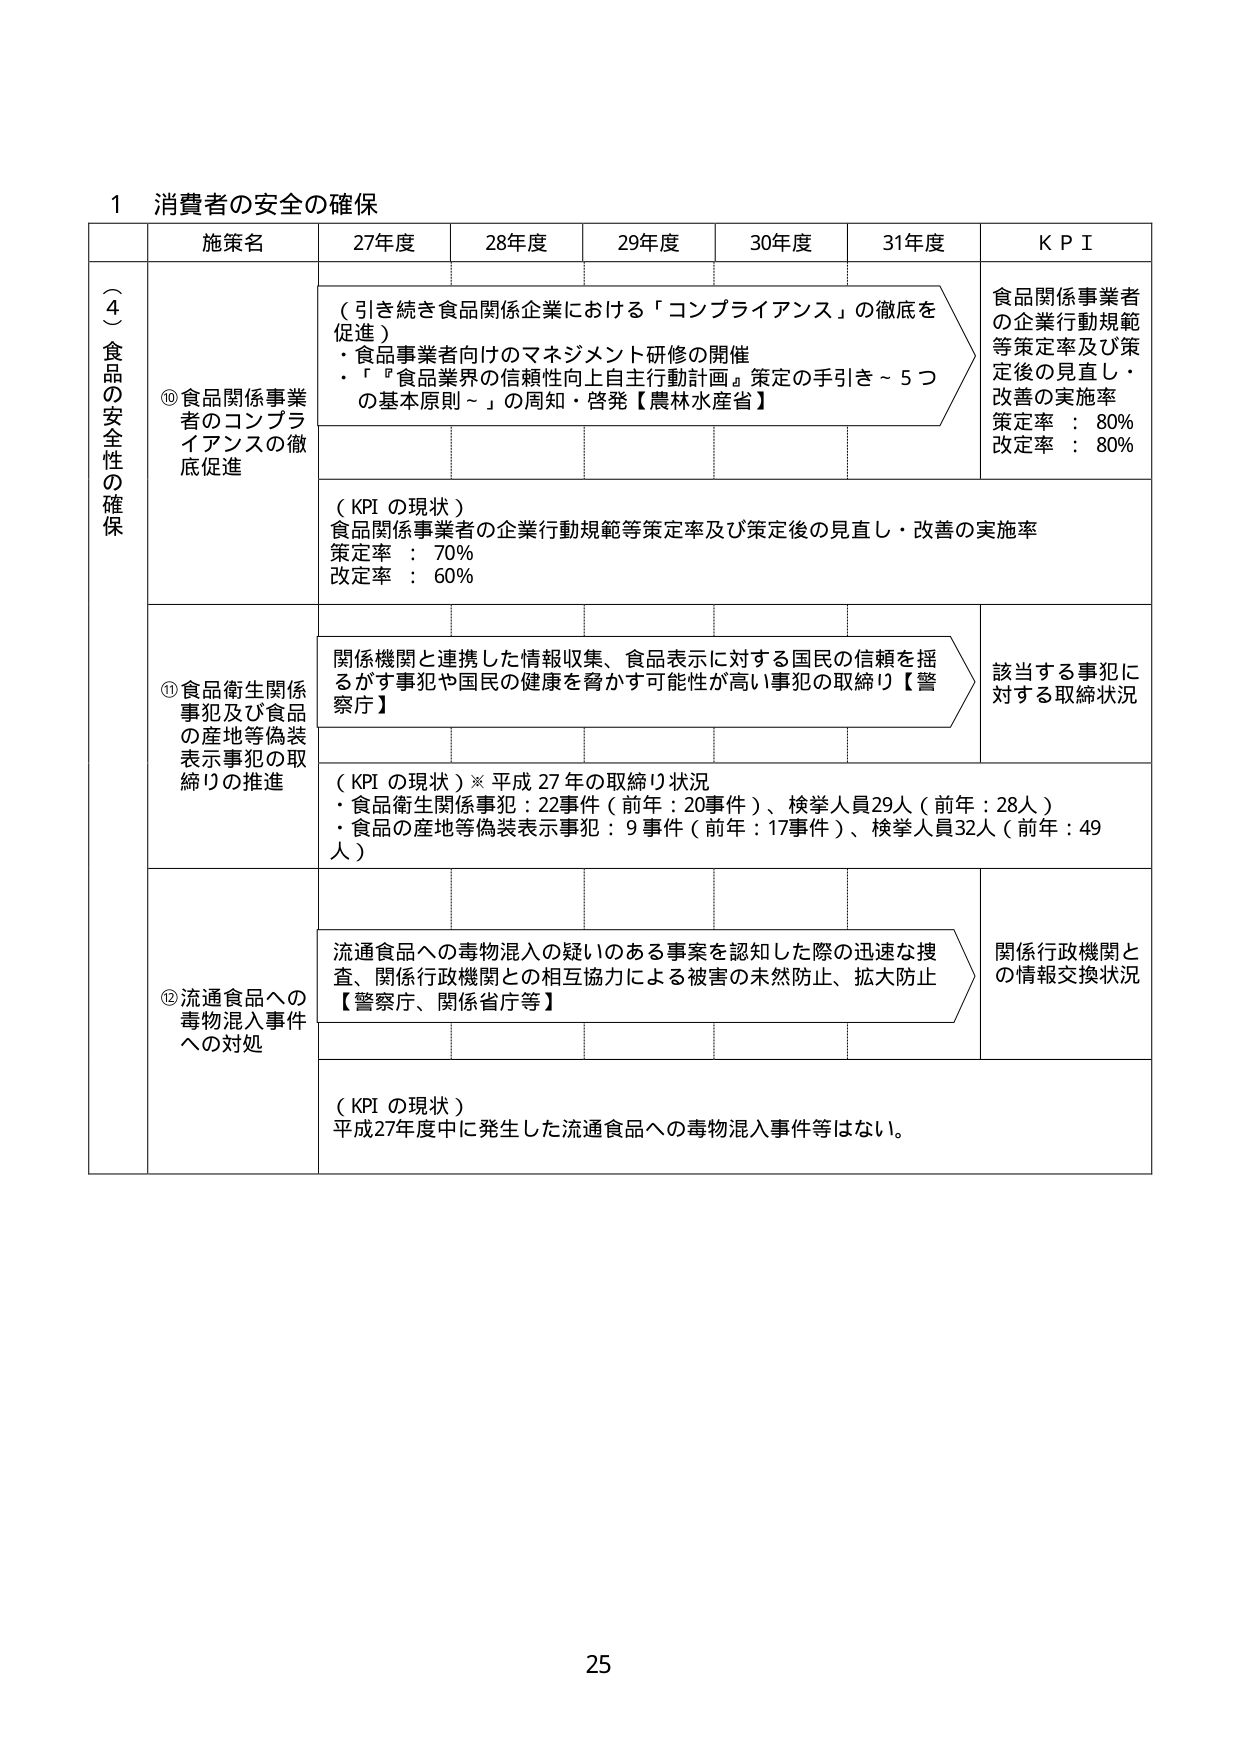
1 消費者の安全の確保

（４）食品の安全性の確保

施策名 27年度 28年度 29年度 30年度 31年度 KPI

⑩食品関係事業者のコンプライアンスの徹底促進
（引き続き食品関係企業における「コンプライアンス」の徹底を促進）
・食品事業者向けのマネジメント研修の開催
・「『食品業界の信頼性向上自主行動計画』策定の手引き～5つの基本原則～」の周知・啓発【農林水産省】

食品関係事業者の企業行動規範等策定率及び策定後の見直し・改善の実施率
策定率：80%
改定率：80%

（KPIの現状）
食品関係事業者の企業行動規範等策定率及び策定後の見直し・改善の実施率
策定率：70%
改定率：60%

⑪食品衛生関係事犯及び食品の産地等偽装表示事犯の取締りの推進
関係機関と連携した情報収集、食品表示に対する国民の信頼を揺るがす事犯や国民の健康を脅かす可能性が高い事犯の取締り【警察庁】

該当する事犯に対する取締り状況

（KPIの現状）※平成27年の取締り状況
・食品衛生関係事犯：22事件（前年：20事件）、検挙人員29人（前年：28人）
・食品の産地等偽装表示事犯：9事件（前年：17事件）、検挙人員32人（前年：49人）

⑫流通食品への毒物混入事件への対処
流通食品への毒物混入の疑いのある事案を認知した際の迅速な捜査、関係行政機関との相互協力による被害の未然防止、拡大防止【警察庁、関係省庁等】

関係行政機関との情報交換状況

（KPIの現状）
平成27年度中に発生した流通食品への毒物混入事件等はない。

25